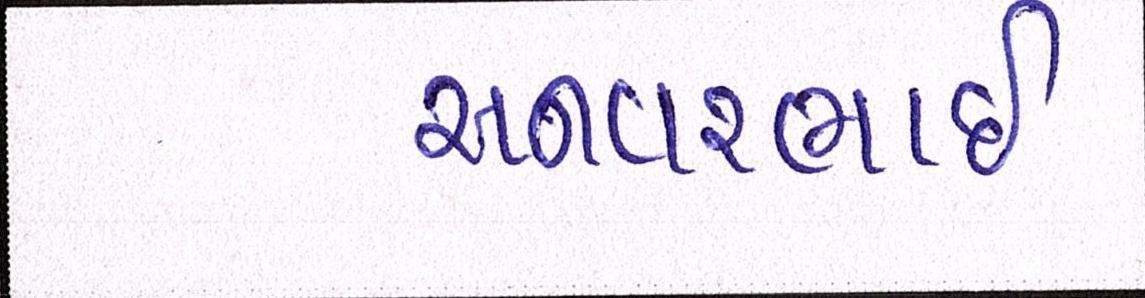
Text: અનવરભાઈ